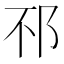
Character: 𨚀